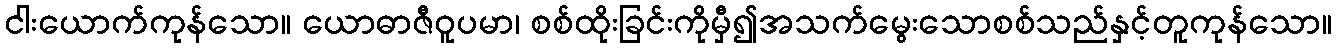
ငါးယောက်ကုန်သော။ ယောဓာဇီဝူပမာ၊ စစ်ထိုးခြင်းကိုမှီ၍အသက်မွေးသောစစ်သည်နှင့်တူကုန်သော။